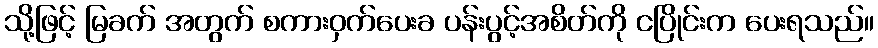
သို့ဖြင့် မြခက် အတွက် စကားဝှက်ပေးခ ပန်းပွင့်အစိတ်ကို ငပြိုင်းက ပေးရသည်။